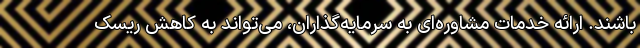
باشند. ارائه خدمات مشاوره‌ای به سرمایه‌گذاران، می‌تواند به کاهش ریسک